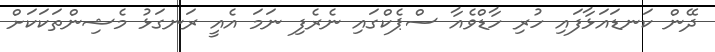
ދޭން ކަނޑައަޅާފައި ހުރި ހާޑްވެއާ ސްޕެކްގައި ނެރެފި ނަމަ އެއީ ރަނގަޅު މެޝިންތަކަކަށް